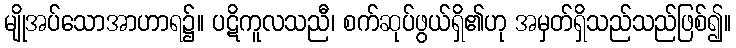
မျိုအပ်သောအာဟာရ၌။ ပဋိကူလသညီ၊ စက်ဆုပ်ဖွယ်ရှိ၏ဟု အမှတ်ရှိသည်သည်ဖြစ်၍။